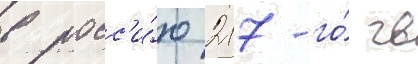
в росс'и́ю 217-го́ гв